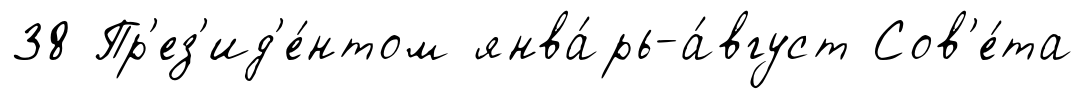
38 Пр'ез'ид'е́нтом янва́рь-а́вгуст Сов'е́та